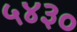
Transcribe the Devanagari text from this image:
५४३०